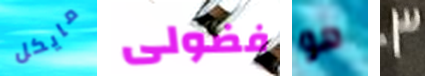
مايكل فضولى هو 3